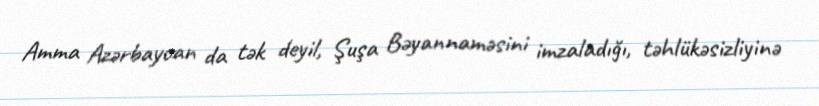
Amma Azərbaycan da tək deyil, Şuşa Bəyannaməsini imzaladığı, təhlükəsizliyinə